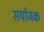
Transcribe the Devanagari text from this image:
सयोंजक